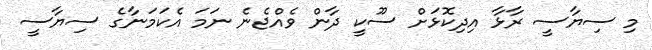
މި ސިޔާސީ ރާޅާ އިދިކޮޅަށް ސޫކީ ދާން ވެއްޖެނެ ނަމަ އެކަމަނާގެ ސިޔާސީ